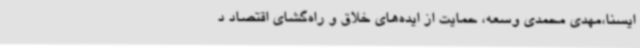
ایسنا،مهدی محمدی وسعه، حمایت از ایده‌های خلاق و راه‌گشای اقتصاد د